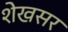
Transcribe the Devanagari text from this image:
शेखसर